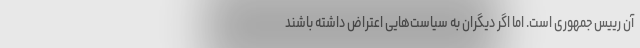
آن رییس جمهوری است. اما اگر دیگران به سیاست‌هایی اعتراض داشته باشند